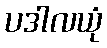
ပဒါလယုံ